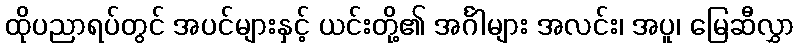
ထိုပညာရပ်တွင် အပင်များနှင့် ယင်းတို့၏ အင်္ဂါများ အလင်း၊ အပူ၊ မြေဆီလွှာ